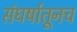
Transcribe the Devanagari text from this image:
संघर्षातूनच